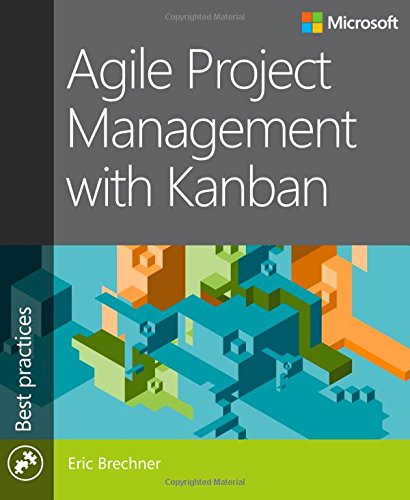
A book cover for Agile Project Management with Kanban (Developer Best Practices); Eric Brechner; Business & Money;